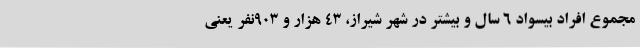
مجموع افراد بیسواد 6 سال و بیشتر در شهر شیراز، 43 هزار و 903نفر یعنی